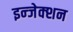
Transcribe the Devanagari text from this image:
इन्‍जेक्‍शन